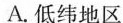
A.低纬地区